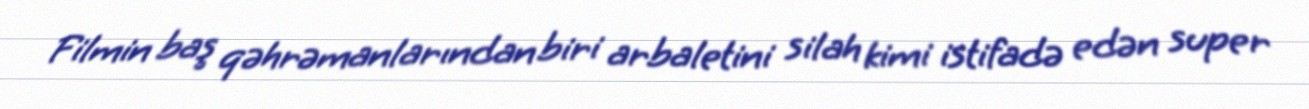
Filmin baş qəhrəmanlarından biri arbaletini silah kimi istifadə edən super